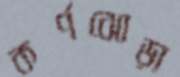
কর্ণঝোড়া